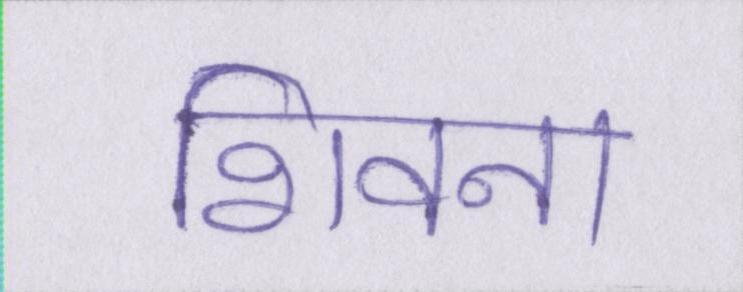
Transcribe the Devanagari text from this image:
शिवना